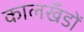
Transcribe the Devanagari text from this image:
कालखँडों